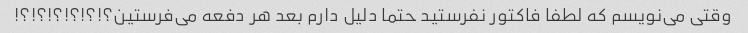
وقتی می‌نویسم که لطفا فاکتور نفرستید حتما دلیل دارم بعد هر دفعه می‌فرستین؟!؟!؟!؟!؟!؟!